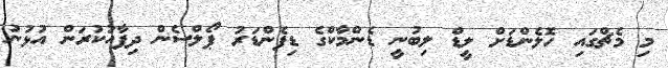
މި މެޗްގައި ހޮލެންޑަށް ލީޑް ލިބުނީ ޑެންމާކްގެ ޑިފެންޑަރު ޕޯލްސެން ދިފާއުކުރަން އުޅުނު